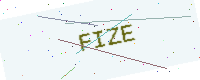
Text: FIZE